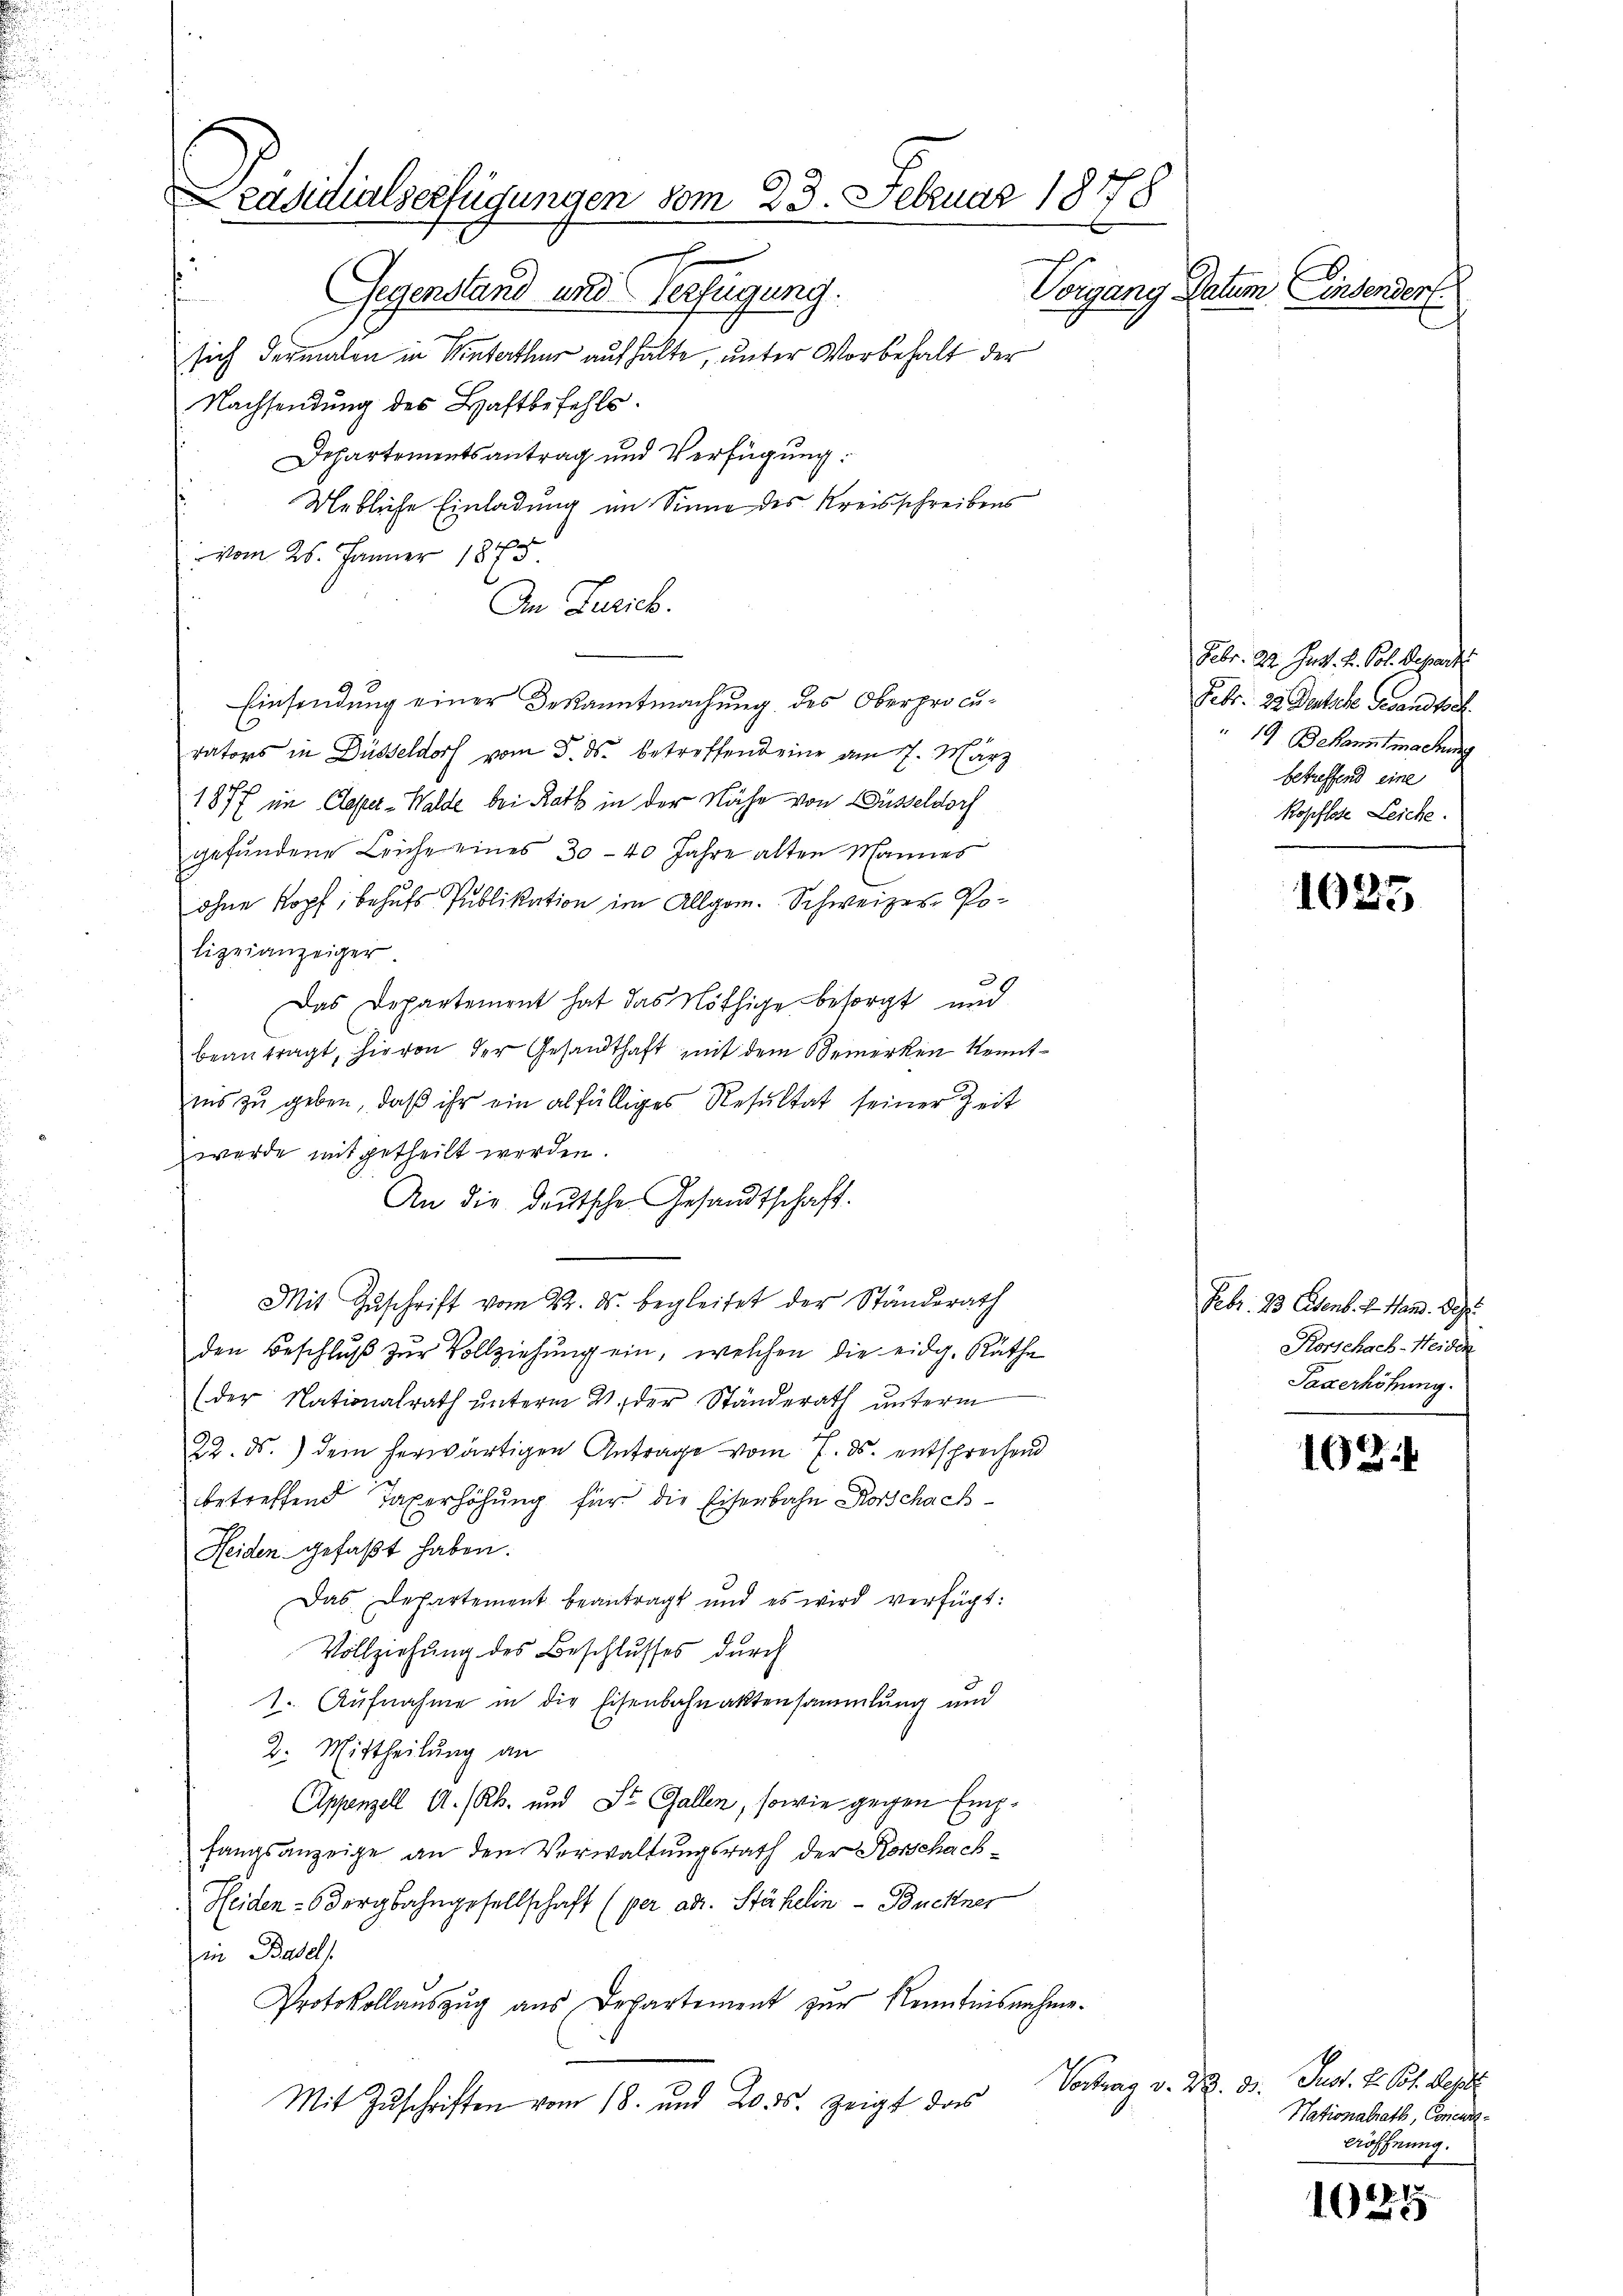
Präsidialserfügungen vom 23. Februar 1878
Vorgang Datum, Einsender
Gegenstand und Verfügung.
.
sich dermalen in Winterthur aufhalte, unter Vorbehalt der
Nachsendung des Haftbefehls.
Departementsantrag und Verfügung.

Mebliche Einladung im Sinne des Kreisschreibens
vom 25. Jänner 1845
An Zürich.
Einsendung einer Bekanntmachung des Oberprocurators in Düsseldorf vom 3. ds. betreffend eine am 7. März
1877 in Closter-Walde bei Rath in der Nähe von Düsseldorf
gefŭndene Leiche eines 30 - 40 Jahre alten Mannes
ohne Kopf, behufs Publikation im Allgem. Schweizer Polizeianzeiger
Das Departement hat das Nöthige besorgt und
beantragt, hievon der Gesandthaft mit dem Bemerken Kenntins zu geben, daß ihr ein alfälliges Resultat seiner Zeit
wurde mitgetheilt werden.
An die deutsche Gesandtschaft.
Mit Zuschrift vom 22. ds. begleitet der Ständerath
den Beschluß zur Vollziehung ein, welchen die eidg. Räthe
(der Nationalrath ŭnterm 4. der Ständerath ŭnterm
22. ds. dein herwärtigen Antrage vom 7. ds. entsprechend
betreffend Taxerhöhung für die Eisenbahn Rorschach¬
Heiden gefaßt haben.
Das Departement beantragt und es wird verfügt:
Vollziehung des Beschlusses durch
1. Aufnahme in die Eisenbahnaktensammlung und
2. Mittheilung an
Appenzell A.-Rh. und St. Gallen, sowie gegen Empfangsanzeige an den Verwaltungsrath der Korschach¬
Heiden-Bergbahngesellschaft (per ad. Stähelin - Buckner
in Basels
Protokollaŭszŭg aŭs Departement zŭr Kenntnisnahme.
Kontrag
Mit Zuschriften vom 18. und 20. ds. zeigt das

Febr. 22. Just. H. Pol. Depart
Febr. 22. Dastete Gesandtsch.
" 19. Bekanntmachung
betreffend eine
kopflste Leiche.

1025

Febr. 23. Eisenb. v. Hand. Dez.
Korschach-Heiden
Paxerhöhung.

102.

v. Nr. 31. Just. H. Joh. Reper
Nationalrath, Concurs¬
Aöffnung.

1025